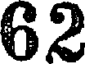
62